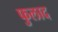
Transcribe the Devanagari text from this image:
फुलाद